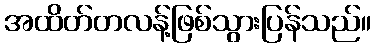
အထိတ်တလန့်ဖြစ်သွားပြန်သည်။